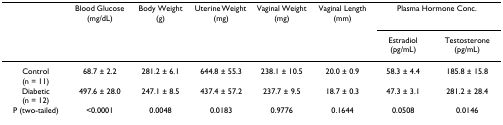
<table><thead><tr><td></td><td><b>Blood Glucose (mg/dL)</b></td><td><b>Body Weight (g)</b></td><td><b>Uterine Weight (mg)</b></td><td><b>Vaginal Weight (mg)</b></td><td><b>Vaginal Length (mm)</b></td><td colspan="2"><b>Plasma Hormone Conc.</b></td></tr><tr><td></td><td></td><td></td><td></td><td></td><td></td><td><b>Estradiol (pg/mL)</b></td><td><b>Testosterone (pg/mL)</b></td></tr></thead><tbody><tr><td>Control (n = 11)</td><td>68.7 ± 2.2</td><td>281.2 ± 6.1</td><td>644.8 ± 55.3</td><td>238.1 ± 10.5</td><td>20.0 ± 0.9</td><td>58.3 ± 4.4</td><td>185.8 ± 15.8</td></tr><tr><td>Diabetic (n = 12)</td><td>497.6 ± 28.0</td><td>247.1 ± 8.5</td><td>437.4 ± 57.2</td><td>237.7 ± 9.5</td><td>18.7 ± 0.3</td><td>47.3 ± 3.1</td><td>281.2 ± 28.4</td></tr><tr><td>P (two-tailed)</td><td>&lt;0.0001</td><td>0.0048</td><td>0.0183</td><td>0.9776</td><td>0.1644</td><td>0.0508</td><td>0.0146</td></tr></tbody></table>